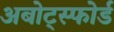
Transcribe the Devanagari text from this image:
अबोट्स्फोर्ड